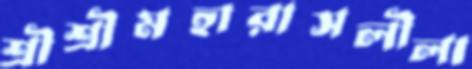
শ্রীশ্রীমহারাসলীলা